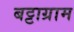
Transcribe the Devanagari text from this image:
बट्टाग्राम